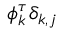
\phi _ { k } ^ { \tau } \delta _ { k , j }